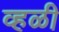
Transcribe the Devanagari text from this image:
व्हळी